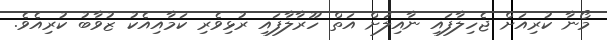
މޯނާ ކުރިއަށް ޖެހިލާފައި ނާއިލަށް އަތް ހޫރާލާފައި ރުޅިވެރި ކަމާއިއެކު ޒުވާބު ކުރިއެވެ.